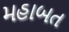
મહાબત